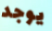
يوجد